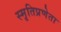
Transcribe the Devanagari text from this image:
स्मृतिप्रणेता